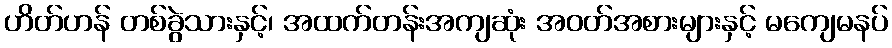
ဟိတ်ဟန် တစ်ခွဲသားနှင့်၊ အထက်တန်းအကျဆုံး အဝတ်အစားများနှင့် မကျေမနပ်